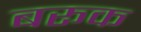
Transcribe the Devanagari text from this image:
बरूक